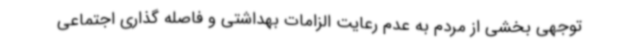
توجهی بخشی از مردم به عدم رعایت الزامات بهداشتی و فاصله گذاری اجتماعی